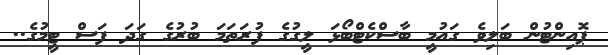
ޕޮއިންޓުން ބަލިވެ ގައުމީ ބާސްކެޓްބޯޅަ ލީގުގެ ފުރަތަމަ ބުރުގެ ގަދަ ފަސް ޓީމުގެ..